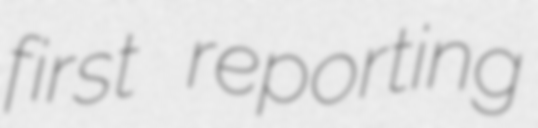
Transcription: first reporting